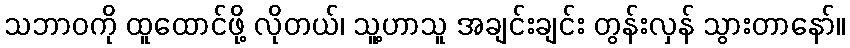
သဘာဝကို ထူထောင်ဖို့ လိုတယ်၊ သူ့ဟာသူ အချင်းချင်း တွန်းလှန် သွားတာနော်။